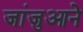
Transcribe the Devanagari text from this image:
जांजुआने